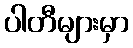
ပါတီများမှာ